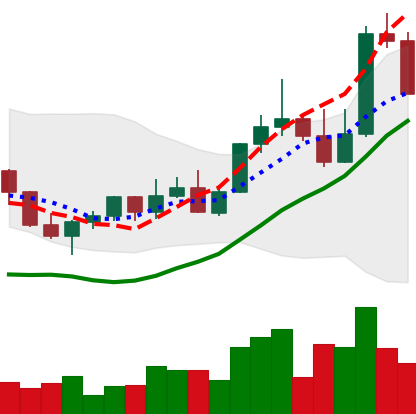
Ticker: LINK-USD
Chart end date: 2022-11-06
Forward return: -13.682%
Label: down_7plus